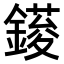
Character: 𨫳